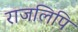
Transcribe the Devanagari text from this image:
राजलिपि